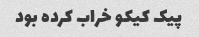
پیک کیکو خراب کرده بود